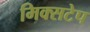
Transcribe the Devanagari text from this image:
मिक्सटेप